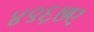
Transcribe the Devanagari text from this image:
४९६७ए